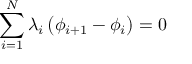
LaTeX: \sum _ { i = 1 } ^ { N } \lambda _ { i } \left( \phi _ { i + 1 } - \phi _ { i } \right) = 0